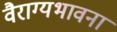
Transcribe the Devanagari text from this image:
वैराग्यभावना